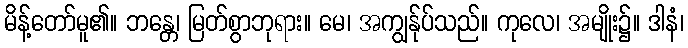
မိန့်တော်မူ၏။ ဘန္တေ၊ မြတ်စွာဘုရား။ မေ၊ အကျွန်ုပ်သည်။ ကုလေ၊ အမျိုး၌။ ဒါနံ၊